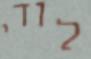
לודי